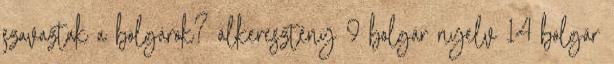
szavaztak a bolgárok? álkeresztény 9 bolgár nyelv 14 bolgár